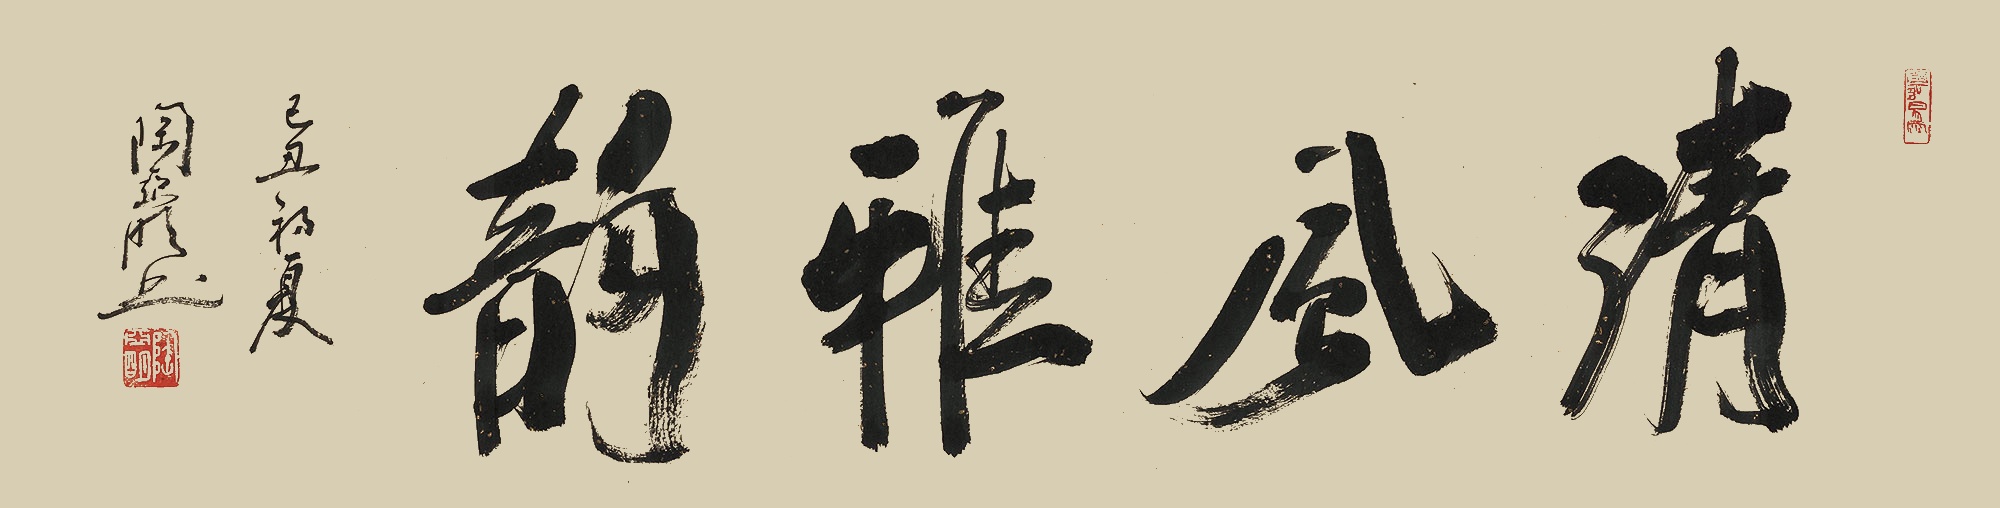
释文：清风雅韵己丑初夏，陶亚明书。